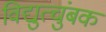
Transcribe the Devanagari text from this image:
विद्युत्चुंबक